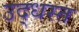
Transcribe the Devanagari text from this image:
उद्‌धस्त